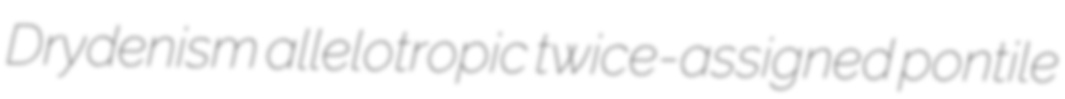
Drydenism allelotropic twice-assigned pontile